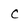
Character: c